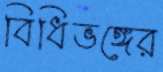
বিধিভঙ্গের